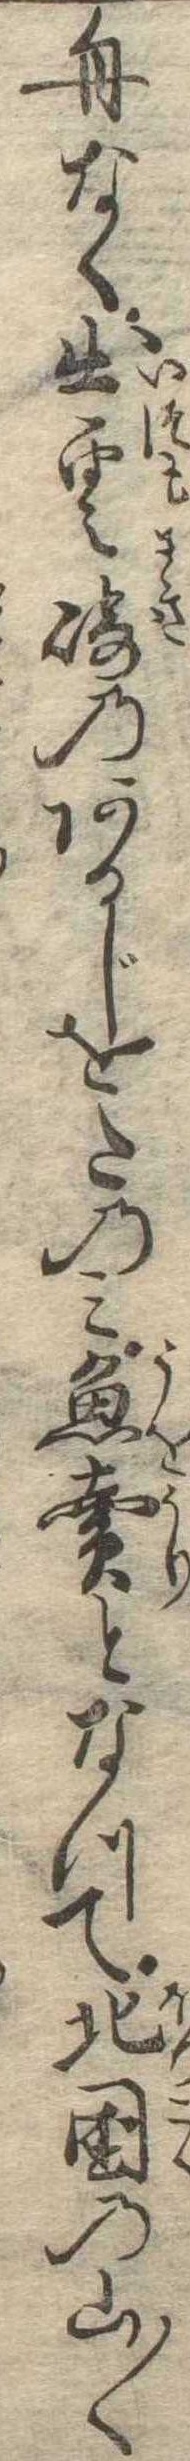
舟なく出雲崎のあるじをたのみ魚売となつて北国の山〱